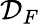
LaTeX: \mathcal{D}_{F}